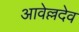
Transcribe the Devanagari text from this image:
आवेल्लदेव